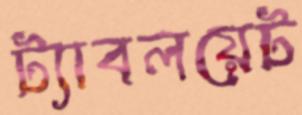
ট্যাবলয়েট